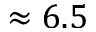
\approx 6 . 5